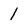
Character: 1